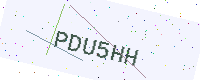
Text: PDU5HH